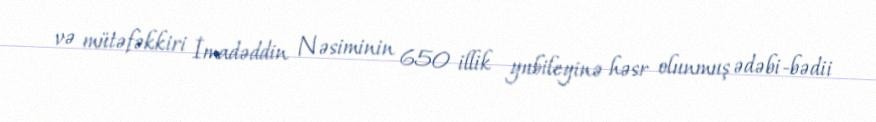
və mütəfəkkiri İmadəddin Nəsiminin 650 illik yubileyinə həsr olunmuş ədəbi-bədii